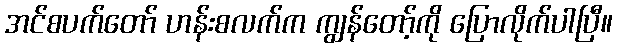
အင်စပက်တော် ဟန်းစလက်က ကျွန်တော့်ကို ပြောလိုက်ပါပြီ။